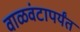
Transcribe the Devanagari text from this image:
वाळवंटापर्यंत